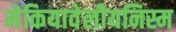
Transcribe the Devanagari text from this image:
मेकियावेलीयनिस्म